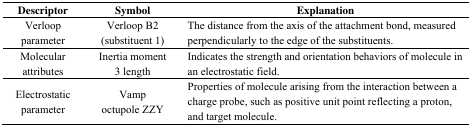
| Descriptor | Symbol | Explanation |
 | --- | --- | --- |
 | Verloop parameter | Verloop B2 (substituent 1) | The distance from the axis of the attachment bond, measured perpendicularly to the edge of the substituents. |
 | Molecular attributes | Inertia moment 3 length | Indicates the strength and orientation behaviors of molecule in an electrostatic field. |
 | Electrostatic parameter | Vamp octupole ZZY | Properties of molecule arising from the interaction between a charge probe, such as positive unit point reflecting a proton, and target molecule. |